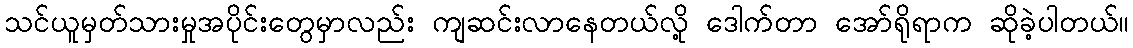
သင်ယူမှတ်သားမှုအပိုင်းတွေမှာလည်း ကျဆင်းလာနေတယ်လို့ ဒေါက်တာ အော်ရိုရာက ဆိုခဲ့ပါတယ်။